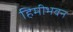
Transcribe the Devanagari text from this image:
हिमीभवन